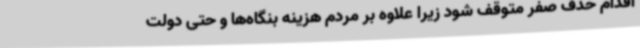
اقدام حذف صفر متوقف شود زیرا علاوه بر مردم هزینه بنگاه‌ها و حتی دولت